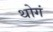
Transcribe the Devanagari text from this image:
थोगं